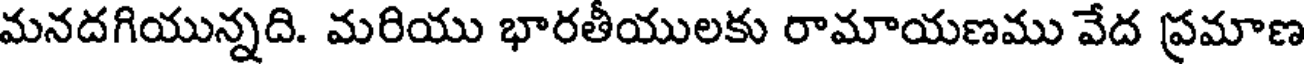
మనదగియున్నది. మరియు భారతీయులకు రామాయణము వేద ప్రమాణ